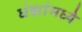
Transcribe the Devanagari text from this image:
धंद्यांमध्ये